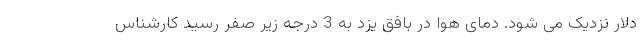
دلار نزدیک می شود. دمای هوا در بافق یزد به 3 درجه زیر صفر رسید کارشناس